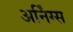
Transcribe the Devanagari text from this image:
अर्निंग्स